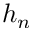
h _ { n }